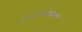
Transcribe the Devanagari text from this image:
मन्त्रयन्त्रादिविद्यानां